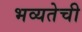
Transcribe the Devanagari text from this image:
भव्यतेची